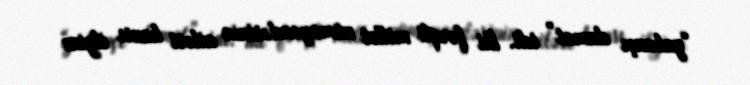
“yabançı damat” idi. İki fərqli millət nümayəndəsinin ailəsi hansı ilginc